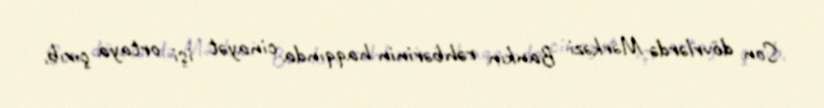
Son dövrlərdə Mərkəzi Bankın rəhbərinin haqqında cinayət işi ortaya çıxıb,